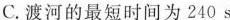
C.渡河的最短时间为240s